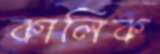
কালিক